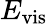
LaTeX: E_{\mathrm{vis}}